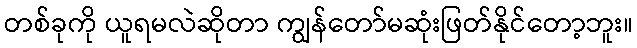
တစ်ခုကို ယူရမလဲဆိုတာ ကျွန်တော်မဆုံးဖြတ်နိုင်တော့ဘူး။